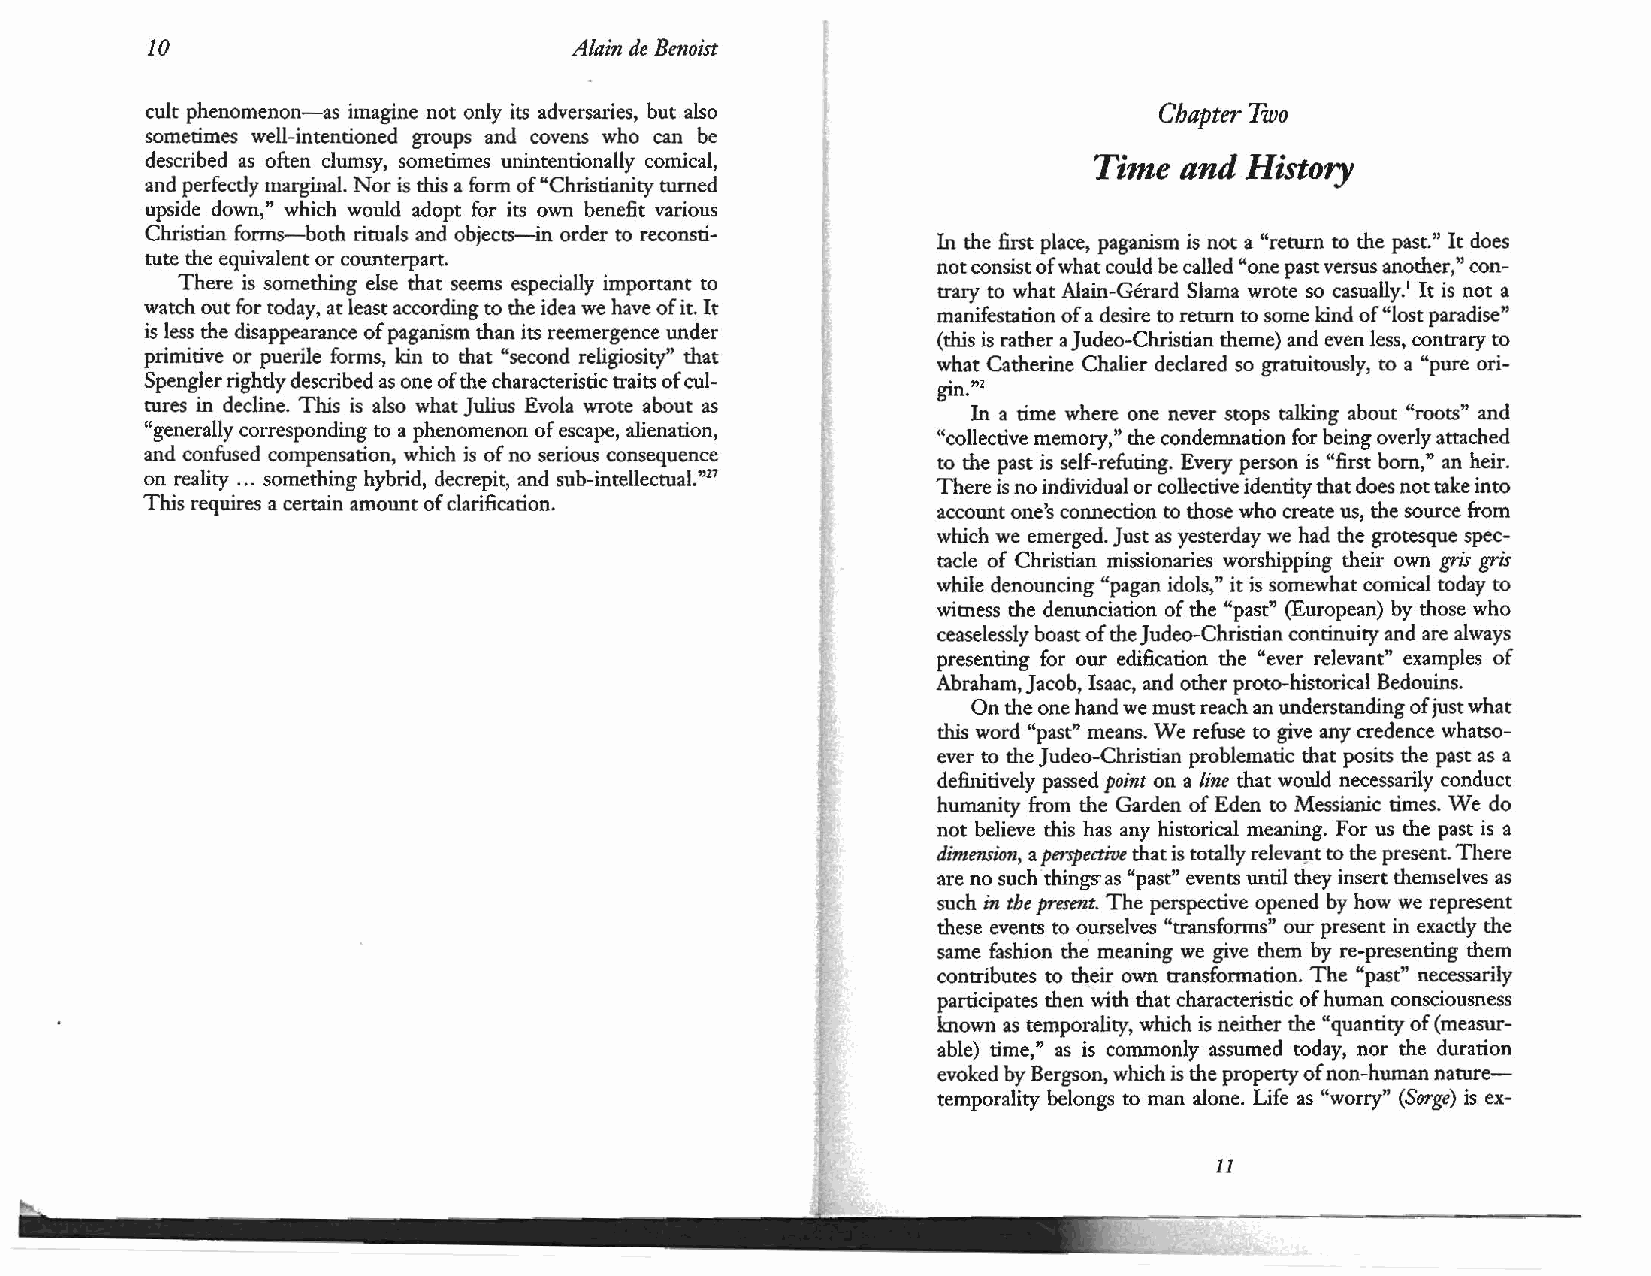
10                          Alain de Benoist
 cult phenomenon-as imagine not only its adversaries, but also      Chapter Two
 sometimes well-intentioned groups and covens who can be
 described as often clumsy, sometimes unintentionally comical,  Time  and History
 and perfectly marginal. Nor is this a form of "Christianity turned
 upside down," which would adopt for its own benefit various
 Christian forms-both rituals and objects-in order to reconsti
 In the first place, paganism is not a "return to the past." It does
 tute the equivalent or counterpart.
 not consist of what could be called "one past versus another," con
 There is something else that seems especially important to
 trary to what Alain-Gerard Slama wrote so casually.1 It is not a
 watch out for today, at least according to the idea we have of it. It
 manifestation of a desire to return to some kind of"lost paradise"
 is less the disappearance of paganism than its reemergence under
 (this is rather ajudeo-Christian theme) and even less, contrary to
 primitive or puerile forms, kin to that "second religiosity" that
 what Catherine Chalier declared so gratuitously, to a "pure ori-
 Spengler rightly described as one of the characteristic traits of cul
 • "2
 tures in decline. This is also what Julius Evola wrote about as gtn. .       .      "  "
 In a orne where one never stops talking about roots and
 "generally corresponding to a phenomenon of escape, alienation,
 "collective memory," the condemnation for being overly attached
 and confused compensation, which is of no serious consequence
 to the past is self-refuting. Every person is "first born," an heir.
 on reality ... something hybrid, decrepit, and sub-intellectual.m7
 There is no individual or collective identity that does not take into
 This requires a certain amount of clarification.
 account one's connection to those who create us, the source from
 which we emerged. Just as yesterday we had the grotesque spec
 tacle of Christian missionaries worshipping their own r;ris gris
 while denouncing "pagan idols," it is somewhat comical today to
 wimess the denunciation of the "past" (European) by those who
 ceaselessly boast of the Judeo-Christian continuity and are always
 presenting for our edification the "ever relevant" examples of
 Abraham, Jacob, Isaac, and other proto-historical Bedouins.
 On the one hand we must reach an understanding of just what
 this word "past" means. We refuse to give any credence whatso
 ever to the Judea-Christian problematic that posits the past as a
 definitively passed point on a line that would necessarily conduct
 humanity from the Garden of Eden to Messianic times. We do
 not believe this has any historical meaning. For us the past is a
 dimmsum, a perspective that is totally relevavt to the present. There
 are no such things as "past" events until they insert themselves as
 such in the presmt. The perspective opened by how we represent
 these events to ourselves "transforms" our present in exactly the
 same fashion the meaning we give them by re-presenting them
 contributes to their own transformation. The "past" necessarily
 participates then with that characteristic of human consciousness
 !mown as temporality, which is neither the "quantity of (mea~­
 able) time," as is commonly assumed today, nor the duraoon
 evoked by Bergson, which is the property of non-human nature
 temporality belongs to man alone. Life as "worry" (Sorge) is ex-
 11